342_HS1-416511228_319.1 Flying Discs 1949
Agency: Department of War
Incident date: 1/9/50
Page 35
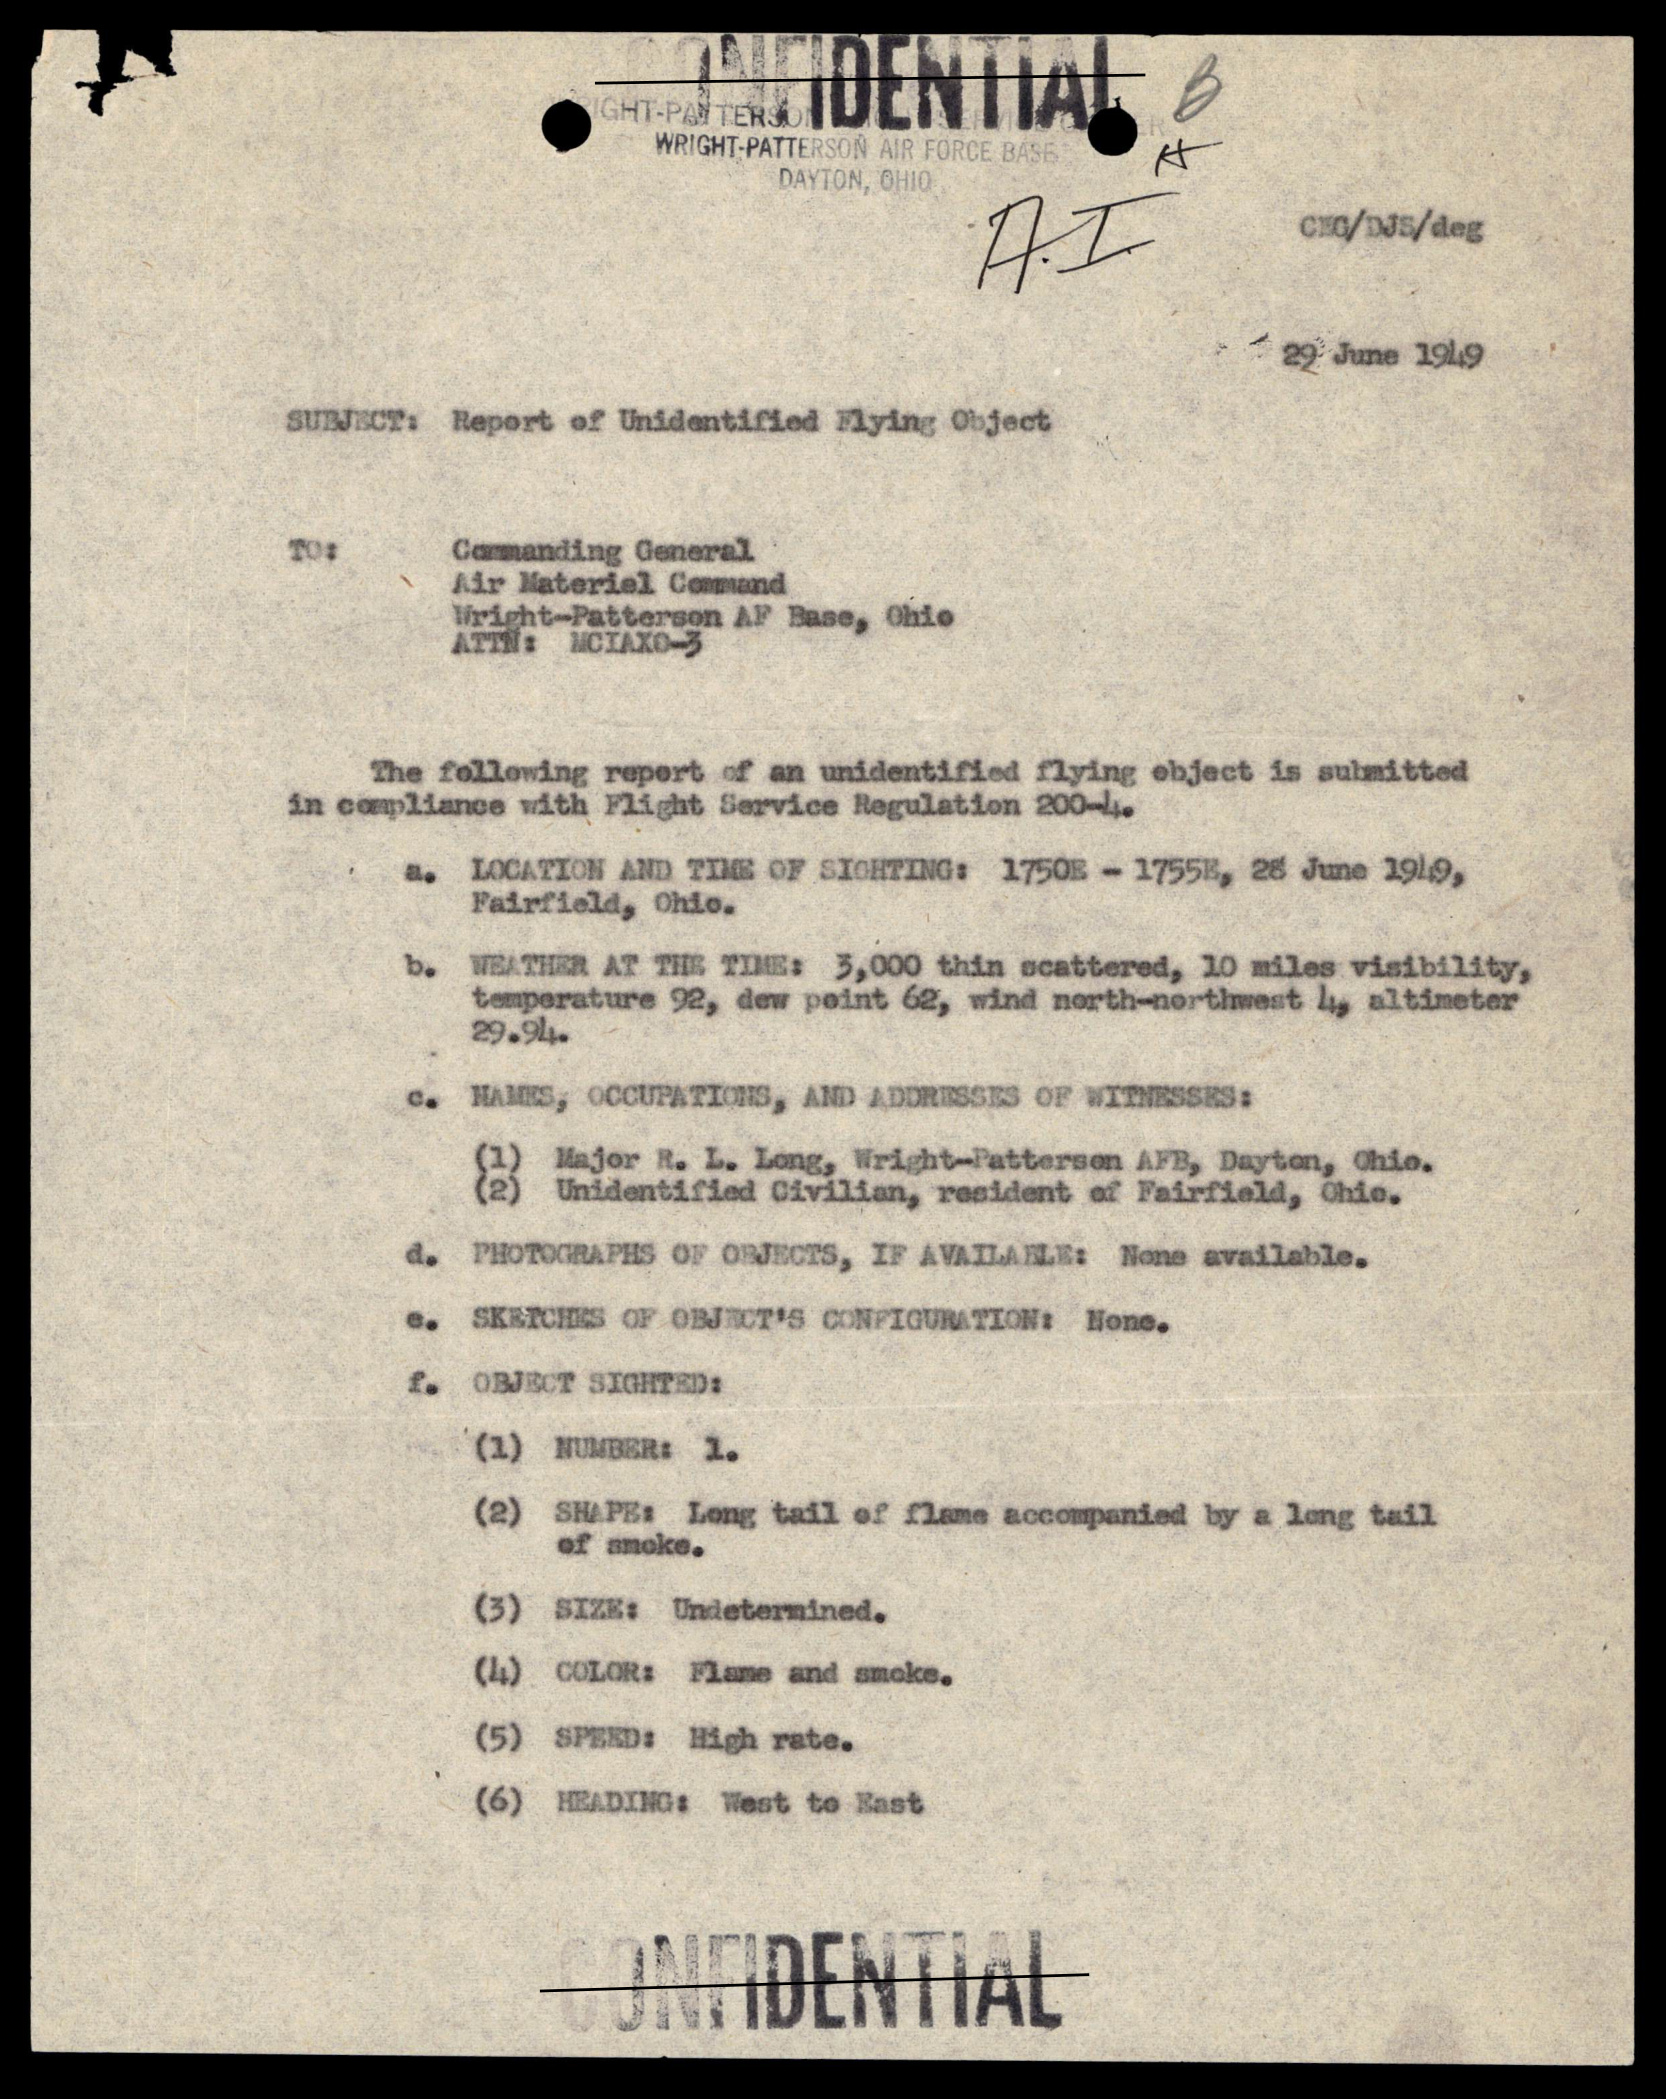